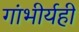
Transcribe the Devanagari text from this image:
गांभीर्यही